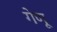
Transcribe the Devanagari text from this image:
गेणू